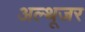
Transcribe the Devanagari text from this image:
अल्थूजर